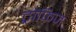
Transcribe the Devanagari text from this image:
ट्रोफिज़